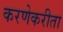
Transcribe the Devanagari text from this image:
करणेकरीता